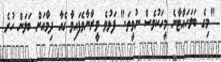
"މިގެ ބަލަހައްޓާނެ މީހަކުވެސް ނުވީތަ." ފަޅުވެ ވީރާނާވެފައިވާ ގެއާ ދިމާއަށް ބަލަން ހުރެ